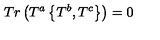
T r \left( T ^ { a } \left\{ T ^ { b } , T ^ { c } \right\} \right) = 0